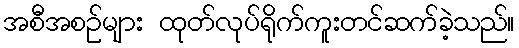
အစီအစဉ်များ ထုတ်လုပ်ရိုက်ကူးတင်ဆက်ခဲ့သည်။